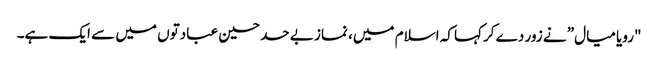
"رویا میال” نے زور دے کرکہا کہ اسلام میں، نماز بے حد حسین عبادتوں میں سے ایک ہے۔